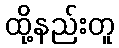
ထို့နည်းတူ